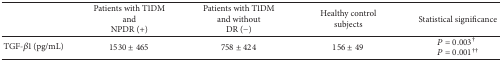
|  | Patients with T1DM andNPDR (+) | Patients with T1DM and without DR (−) | Healthy control subjects | Statistical significance |
 | --- | --- | --- | --- | --- |
 | TGF-β1 (pg/mL) | 1530 ± 465 | 758 ± 424 | 156 ± 49 | P = 0.003†P = 0.001†† |